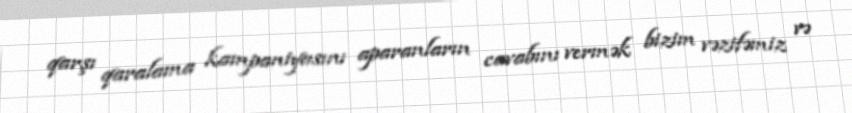
qarşı qaralama kampaniyasını aparanların cavabını vermək bizim vəzifəmiz və